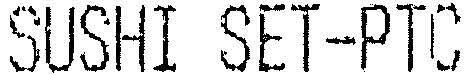
SUSHI SET-PTC